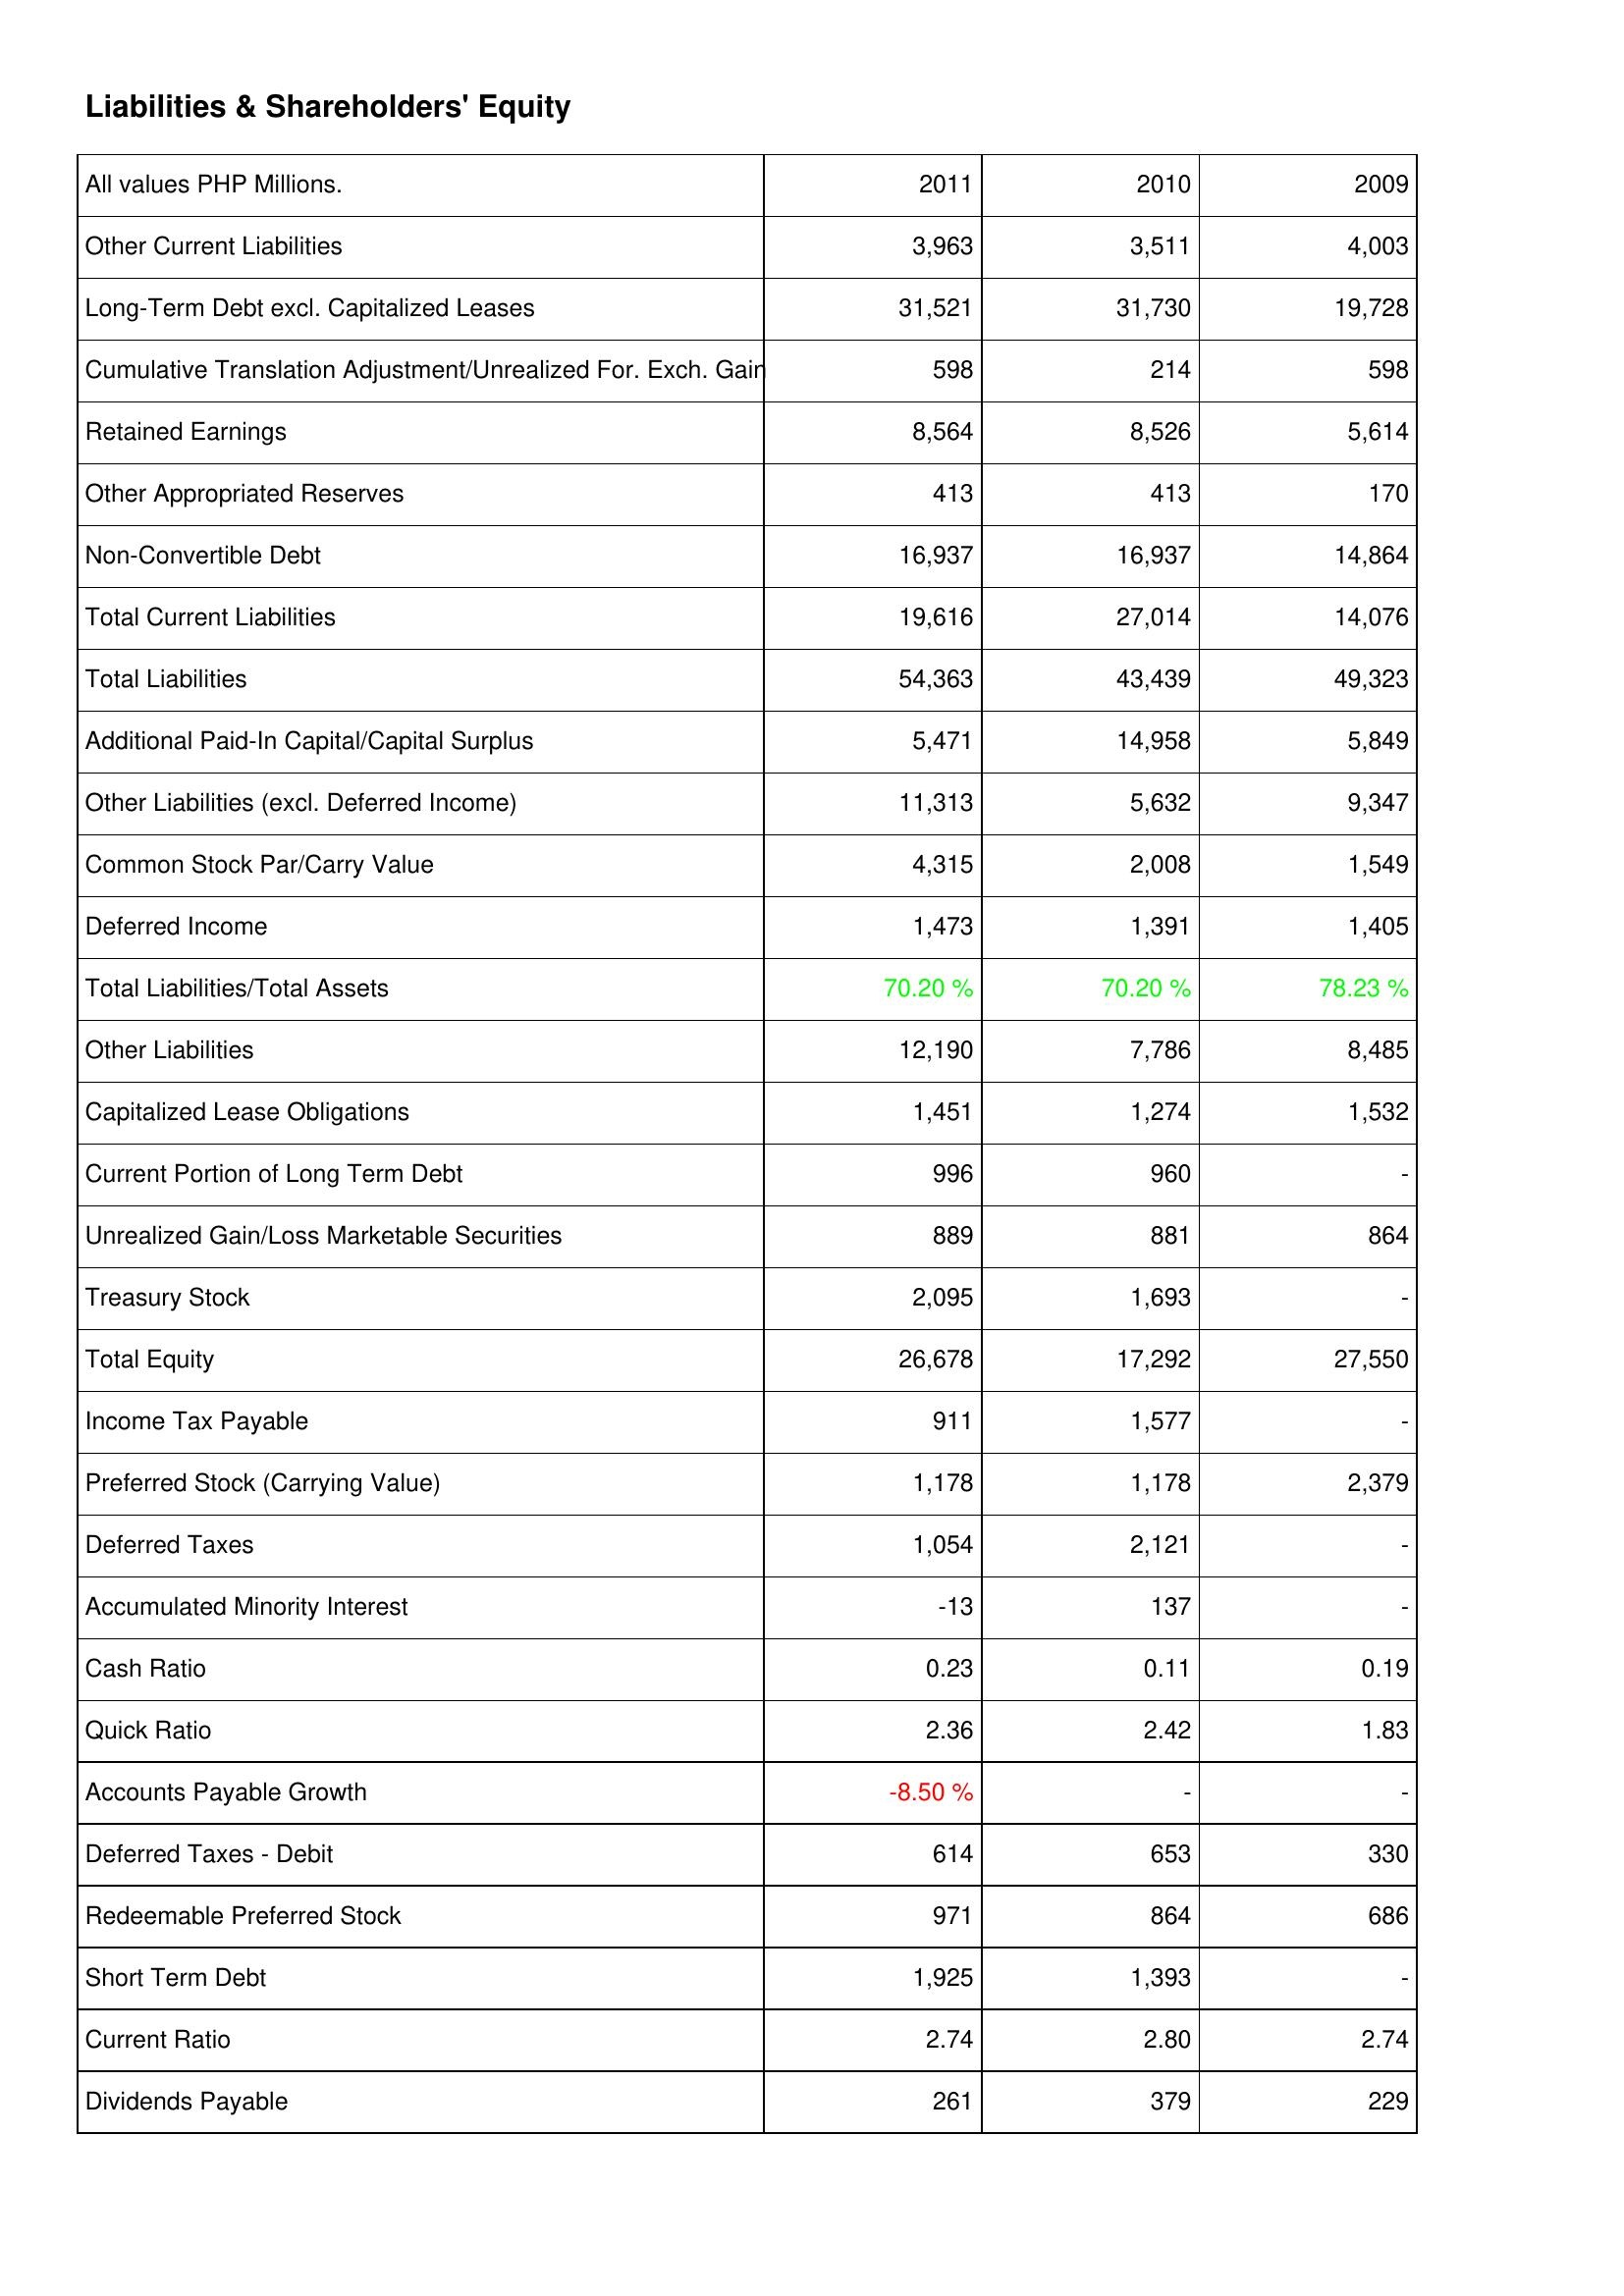
2011: Liabilities & Shareholders' Equity: Other Current Liabilities: 3,963
Long-Term Debt excl. Capitalized Leases: 31,521
Cumulative Translation Adjustment/Unrealized For. Exch. Gain: 598
Retained Earnings: 8,564
Other Appropriated Reserves: 413
Non-Convertible Debt: 16,937
Total Current Liabilities: 19,616
Total Liabilities: 54,363
Additional Paid-In Capital/Capital Surplus: 5,471
Other Liabilities (excl. Deferred Income): 11,313
Common Stock Par/Carry Value: 4,315
Deferred Income: 1,473
Total Liabilities/Total Assets: 70.20 %
Other Liabilities: 12,190
Capitalized Lease Obligations: 1,451
Current Portion of Long Term Debt: 996
Unrealized Gain/Loss Marketable Securities: 889
Treasury Stock: 2,095
Total Equity: 26,678
Income Tax Payable: 911
Preferred Stock (Carrying Value): 1,178
Deferred Taxes: 1,054
Accumulated Minority Interest: -13
Cash Ratio: 0.23
Quick Ratio: 2.36
Accounts Payable Growth: -8.50 %
Deferred Taxes - Debit: 614
Redeemable Preferred Stock: 971
Short Term Debt: 1,925
Current Ratio: 2.74
Dividends Payable: 261
2010: Liabilities & Shareholders' Equity: Other Current Liabilities: 3,511
Long-Term Debt excl. Capitalized Leases: 31,730
Cumulative Translation Adjustment/Unrealized For. Exch. Gain: 214
Retained Earnings: 8,526
Other Appropriated Reserves: 413
Non-Convertible Debt: 16,937
Total Current Liabilities: 27,014
Total Liabilities: 43,439
Additional Paid-In Capital/Capital Surplus: 14,958
Other Liabilities (excl. Deferred Income): 5,632
Common Stock Par/Carry Value: 2,008
Deferred Income: 1,391
Total Liabilities/Total Assets: 70.20 %
Other Liabilities: 7,786
Capitalized Lease Obligations: 1,274
Current Portion of Long Term Debt: 960
Unrealized Gain/Loss Marketable Securities: 881
Treasury Stock: 1,693
Total Equity: 17,292
Income Tax Payable: 1,577
Preferred Stock (Carrying Value): 1,178
Deferred Taxes: 2,121
Accumulated Minority Interest: 137
Cash Ratio: 0.11
Quick Ratio: 2.42
Accounts Payable Growth: -
Deferred Taxes - Debit: 653
Redeemable Preferred Stock: 864
Short Term Debt: 1,393
Current Ratio: 2.80
Dividends Payable: 379
2009: Liabilities & Shareholders' Equity: Other Current Liabilities: 4,003
Long-Term Debt excl. Capitalized Leases: 19,728
Cumulative Translation Adjustment/Unrealized For. Exch. Gain: 598
Retained Earnings: 5,614
Other Appropriated Reserves: 170
Non-Convertible Debt: 14,864
Total Current Liabilities: 14,076
Total Liabilities: 49,323
Additional Paid-In Capital/Capital Surplus: 5,849
Other Liabilities (excl. Deferred Income): 9,347
Common Stock Par/Carry Value: 1,549
Deferred Income: 1,405
Total Liabilities/Total Assets: 78.23 %
Other Liabilities: 8,485
Capitalized Lease Obligations: 1,532
Current Portion of Long Term Debt: -
Unrealized Gain/Loss Marketable Securities: 864
Treasury Stock: -
Total Equity: 27,550
Income Tax Payable: -
Preferred Stock (Carrying Value): 2,379
Deferred Taxes: -
Accumulated Minority Interest: -
Cash Ratio: 0.19
Quick Ratio: 1.83
Accounts Payable Growth: -
Deferred Taxes - Debit: 330
Redeemable Preferred Stock: 686
Short Term Debt: -
Current Ratio: 2.74
Dividends Payable: 229